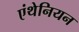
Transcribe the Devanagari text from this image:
एंथेनियन